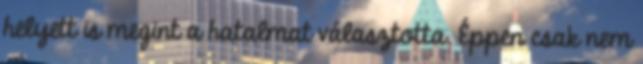
helyett is megint a hatalmat választotta. Éppen csak nem